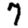
Digit: 7